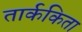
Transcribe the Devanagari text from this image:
तार्ककिता